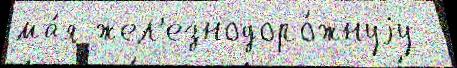
ма́я жел'езнодоро́жнуjу